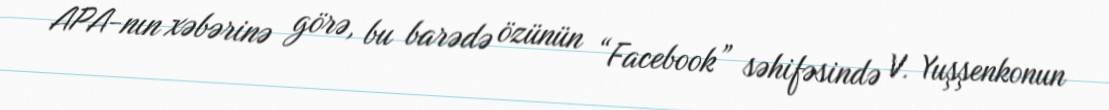
APA-nın xəbərinə görə, bu barədə özünün “Facebook” səhifəsində V. Yuşşenkonun